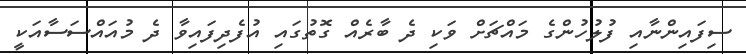
ސިފައިންނާއި ފުލުހުންގެ މައްޗަށް ވަކި ދެ ބާރެއް ގޮތުގައި އުފެދިފައިވާ ދެ މުއައްސަސާއަކީ